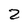
Character: 2